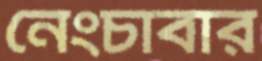
নেংচাবার